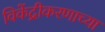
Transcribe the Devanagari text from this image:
विकेंद्रीकरणाच्या